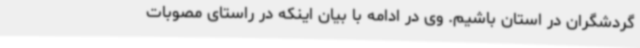
گردشگران در استان باشیم. وی در ادامه با بیان اینکه در راستای مصوبات